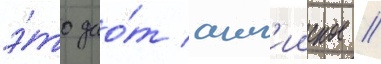
э́то дао́т англ'ииское //